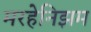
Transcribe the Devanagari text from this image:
मरहेनिझम